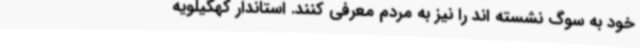
خود به سوگ نشسته اند را نیز به مردم معرفی کنند. استاندار کهگیلویه